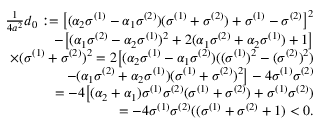
\begin{array} { r } { \frac { 1 } { 4 a ^ { 2 } } d _ { 0 } : = \big [ ( \alpha _ { 2 } \sigma ^ { ( 1 ) } - \alpha _ { 1 } \sigma ^ { ( 2 ) } ) ( \sigma ^ { ( 1 ) } + \sigma ^ { ( 2 ) } ) + \sigma ^ { ( 1 ) } - \sigma ^ { ( 2 ) } \big ] ^ { 2 } } \\ { - \big [ ( \alpha _ { 1 } \sigma ^ { ( 2 ) } - \alpha _ { 2 } \sigma ^ { ( 1 ) } ) ^ { 2 } + 2 ( \alpha _ { 1 } \sigma ^ { ( 2 ) } + \alpha _ { 2 } \sigma ^ { ( 1 ) } ) + 1 \big ] } \\ { \times ( \sigma ^ { ( 1 ) } + \sigma ^ { ( 2 ) } ) ^ { 2 } = 2 \big [ ( \alpha _ { 2 } \sigma ^ { ( 1 ) } - \alpha _ { 1 } \sigma ^ { ( 2 ) } ) ( ( \sigma ^ { ( 1 ) } ) ^ { 2 } - ( \sigma ^ { ( 2 ) } ) ^ { 2 } ) } \\ { - ( \alpha _ { 1 } \sigma ^ { ( 2 ) } + \alpha _ { 2 } \sigma ^ { ( 1 ) } ) ( \sigma ^ { ( 1 ) } + \sigma ^ { ( 2 ) } ) ^ { 2 } \big ] - 4 \sigma ^ { ( 1 ) } \sigma ^ { ( 2 ) } } \\ { = - 4 \big [ ( \alpha _ { 2 } + \alpha _ { 1 } ) \sigma ^ { ( 1 ) } \sigma ^ { ( 2 ) } ( \sigma ^ { ( 1 ) } + \sigma ^ { ( 2 ) } ) + \sigma ^ { ( 1 ) } \sigma ^ { ( 2 ) } ) } \\ { = - 4 \sigma ^ { ( 1 ) } \sigma ^ { ( 2 ) } ( ( \sigma ^ { ( 1 ) } + \sigma ^ { ( 2 ) } + 1 ) < 0 . } \end{array}